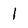
Character: I